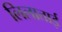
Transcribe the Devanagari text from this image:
लिलाताई